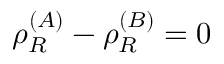
\rho _ { R } ^ { ( A ) } - \rho _ { R } ^ { ( B ) } = 0